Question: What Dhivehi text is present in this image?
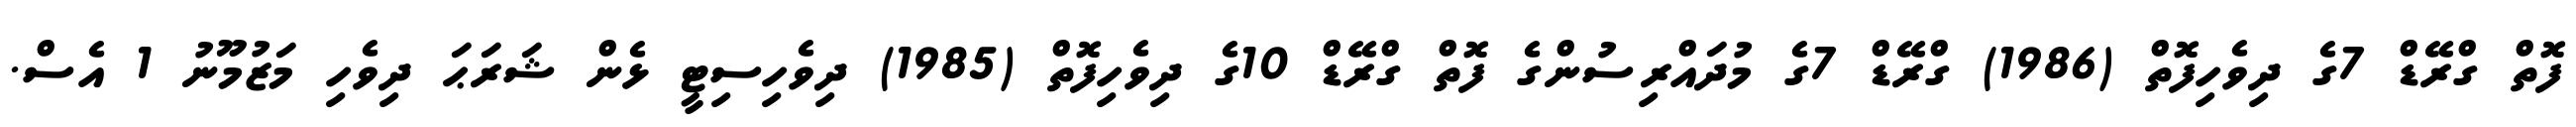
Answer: ފޮތް ގްރޭޑް 7ގެ ދިވެހިފޮތް (1986) ގްރޭޑް 7ގެ މުދައްރިސުންގެ ފޮތް ގްރޭޑް 10ގެ ދިވެހިފޮތް (1985) ދިވެހިސިޓީ ޅެން ޝަރަޙަ ދިވެހި މަޒުމޫނު 1 އެސް.